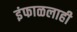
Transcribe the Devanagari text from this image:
इंफाळलाही